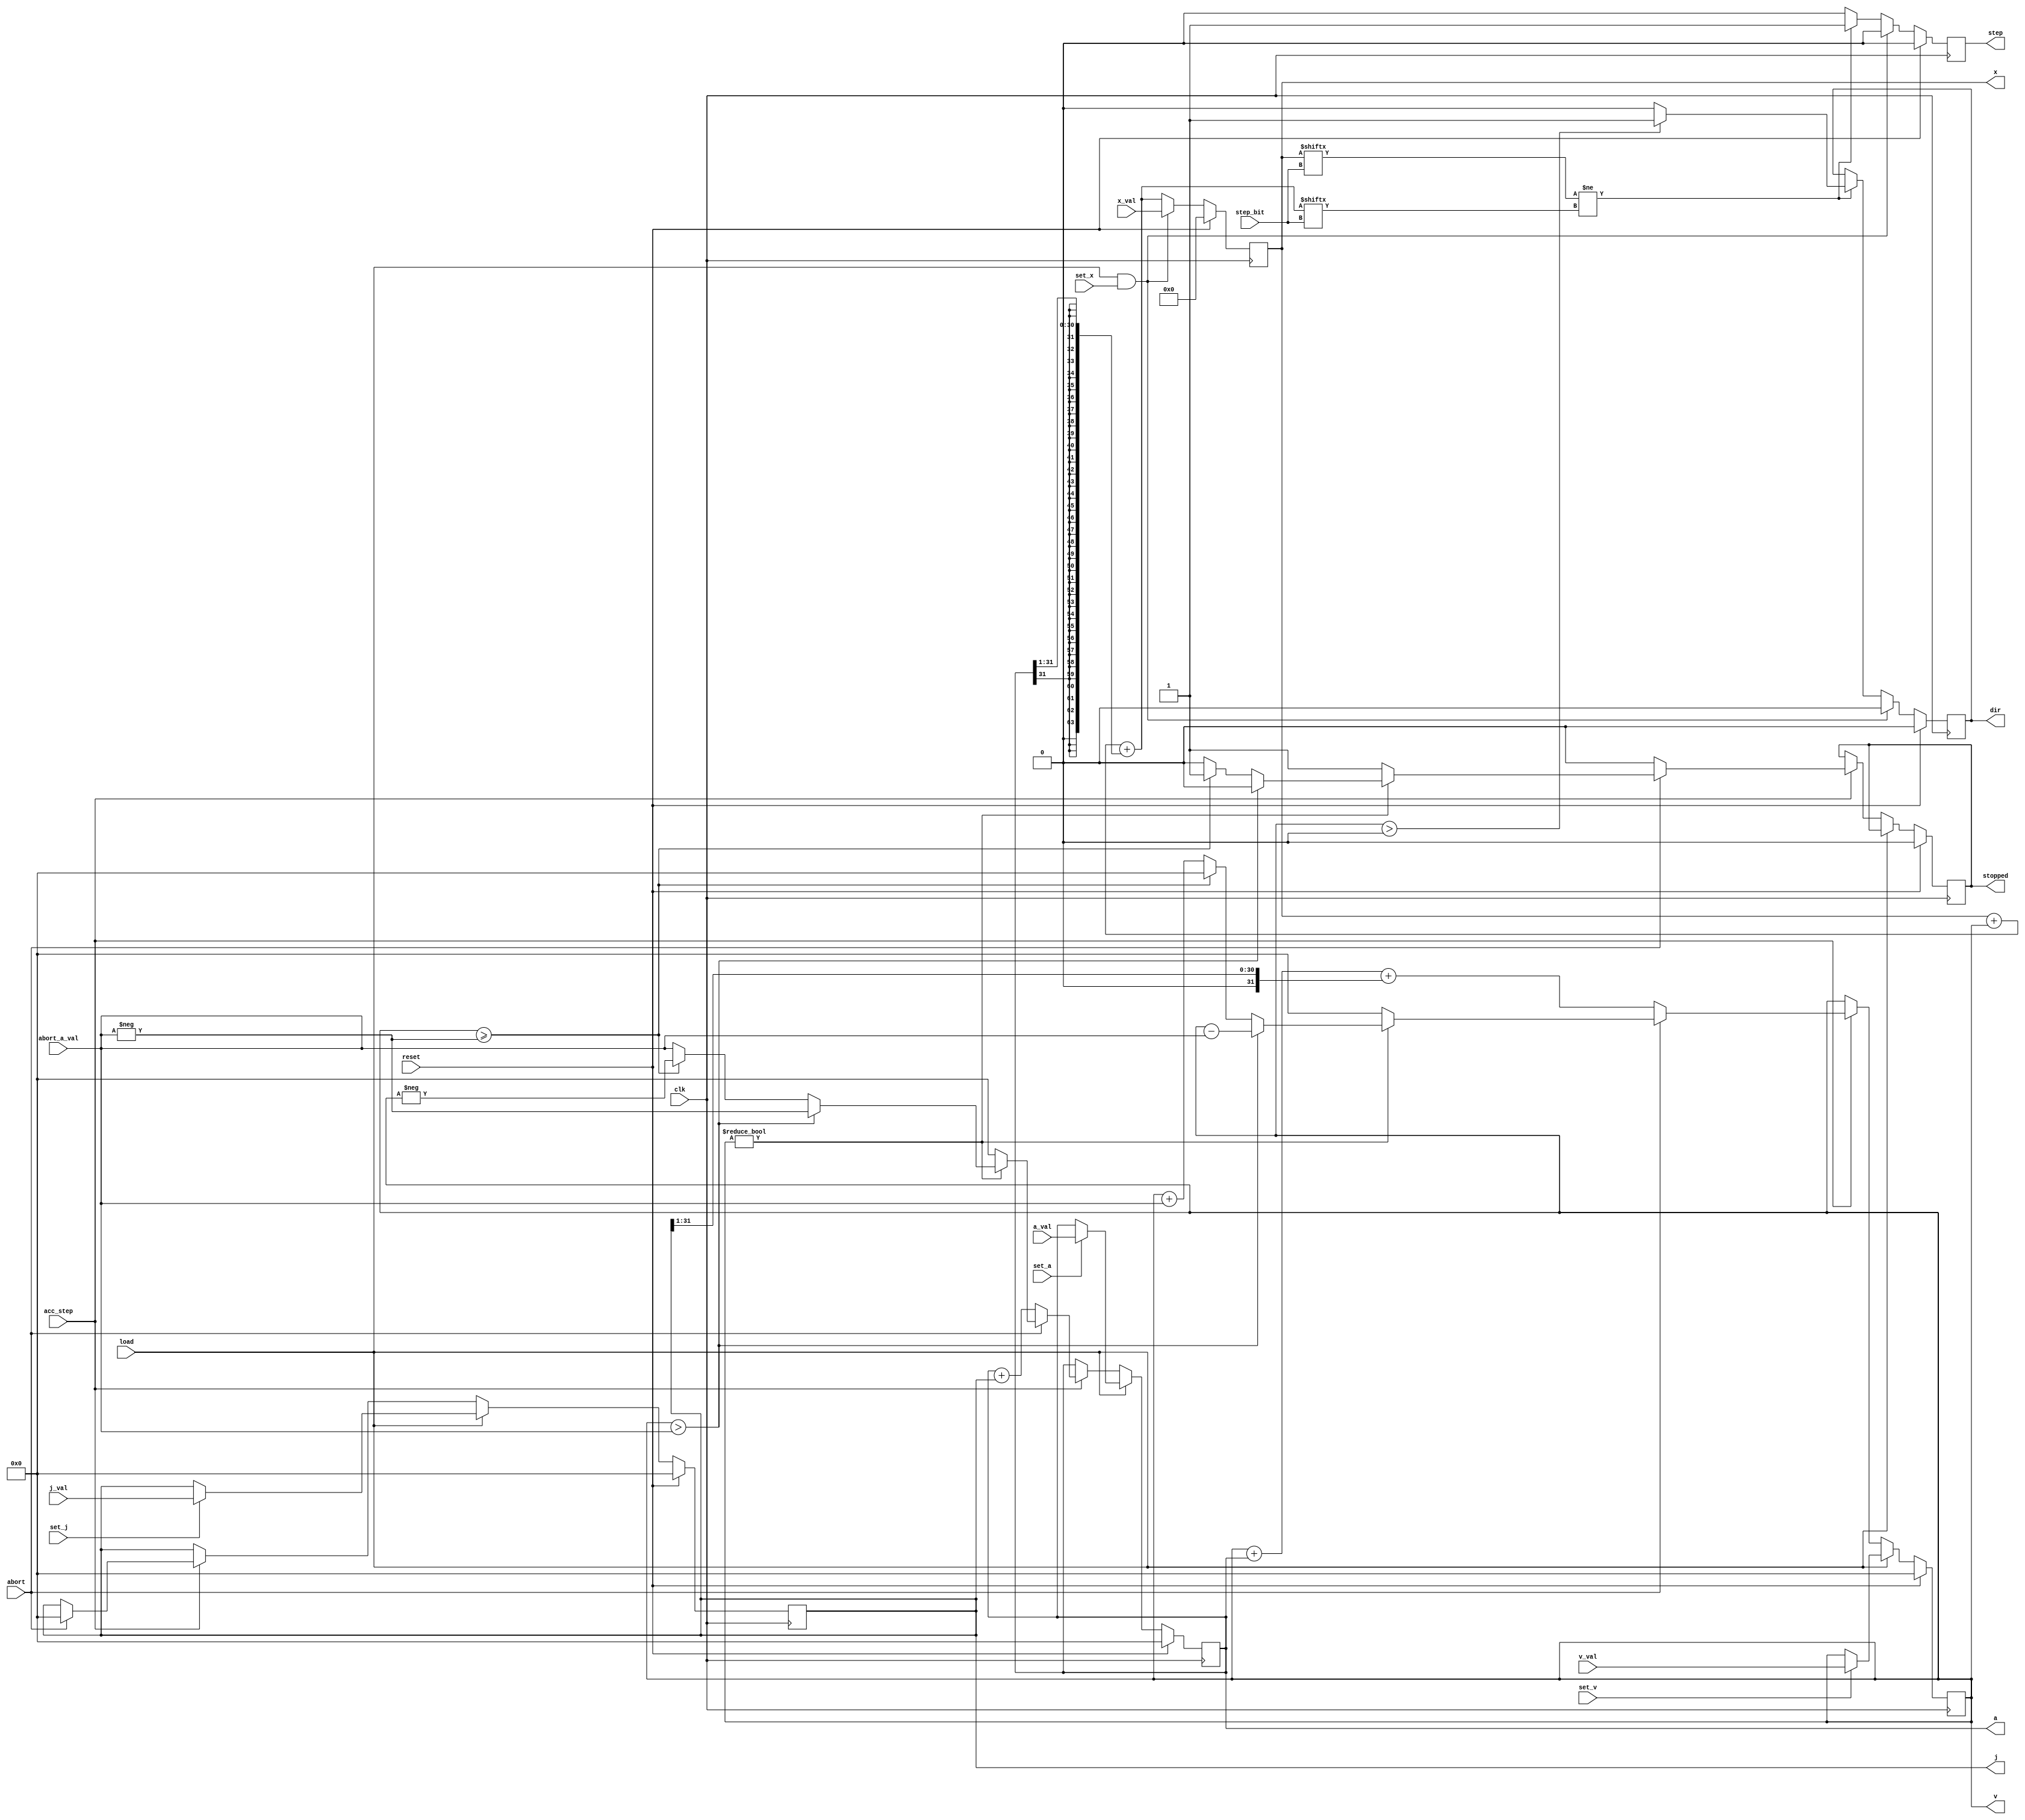
module acc_profile_gen(
           input clk,
           input reset,
           input acc_step,
           input load,
           input set_x,
           input set_v,
           input set_a,
           input set_j,
           input signed [63:0] x_val,
           input signed [31:0] v_val,
           input signed [31:0] a_val,
           input signed [31:0] j_val,
           input [5:0] step_bit,

           input abort,
           input signed [31:0] abort_a_val,

           output reg signed [63:0] x,
           output reg signed [31:0] v,
           output reg signed [31:0] a,
           output reg signed [31:0] j,

           output reg step,
           output reg dir,
           output reg stopped
       );

reg signed [31:0] next_v;
reg signed [31:0] next_a;
reg signed [31:0] next_j;
reg next_stopped;

always @(reset, acc_step, load, set_v, set_a, set_j, v_val, a_val, j_val, v, a, j, abort, abort_a_val, stopped)
    begin
        next_v <= v;
        next_a <= a;
        next_j <= j;
        next_stopped <= stopped;
        if (reset)
            begin
                next_v <= 0;
                next_a <= 0;
                next_j <= 0;
                next_stopped <= 0;
            end
        else if (load)
            begin
                if (set_v)
                    next_v <= v_val;
                if (set_a)
                    next_a <= a_val;
                if (set_j)
                    next_j <= j_val;
            end
        else if (acc_step)
            begin
                next_stopped <= 0;
                if (abort)
                    begin
                        next_j <= 0;
                        if (v != 0)
                            begin
                                if (v > abort_a_val)
                                    begin
                                        next_v <= v - abort_a_val;
                                        next_a <= -abort_a_val;
                                    end
                                else if (v >= -abort_a_val)
                                    begin
                                        next_v <= 0;
                                        next_a <= -v;
                                        next_stopped <= 1;
                                    end
                                else
                                    begin
                                        next_v <= v + abort_a_val;
                                        next_a <= abort_a_val;
                                    end
                            end
                        else
                            begin
                                next_v <= 0;
                                next_a <= 0;
                                next_stopped <= 1;
                            end
                    end
                else
                    begin
                        next_v <= v + a + (j>>1);
                        next_a <= a + j;
                    end
            end
    end

reg next_dir;
reg next_step;
reg signed [63:0] next_x;
wire signed [63:0] x_acc;

assign x_acc = x + v + (a>>1);

always @(reset, load, set_x, x_val, x, v, step_bit)
    begin
        next_x <= x;
        next_dir <= dir;
        next_step <= 0;

        if (reset)
            begin
                next_x <= 0;
                next_dir <= 0;
            end
        else if (load && set_x)
            begin
                next_x <= x_val;
                next_dir <= 0;
            end
        else
            begin
                next_x <= x_acc;
                if (x[step_bit] != x_acc[step_bit])
                    begin
                        if (v>0)
                            next_dir <= 1;
                        else
                            next_dir <= 0;
                        next_step <= 1;
                    end
            end
    end

always @(posedge clk)
    begin
        x <= next_x;
        v <= next_v;
        a <= next_a;
        j <= next_j;
        step <= next_step;
        dir <= next_dir;
        stopped <= next_stopped;
    end

endmodule